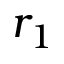
r _ { 1 }